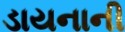
ડાયનાની